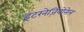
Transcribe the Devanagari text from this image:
इंटरनेज़ियोनेल